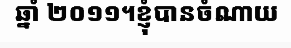
ឆ្នាំ ២០១១។ខ្ញុំបានចំណាយ